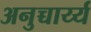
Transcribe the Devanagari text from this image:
अनुच्चार्य्य